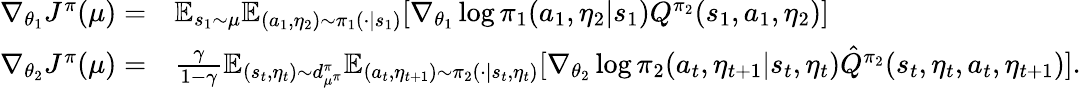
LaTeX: \begin{array}{rl}{\nabla_{\theta_{1}}J^{\pi}(\mu)=}&{\mathbb{E}_{s_{1}\sim\mu}\mathbb{E}_{(a_{1},\eta_{2})\sim\pi_{1}(\cdot|s_{1})}[\nabla_{\theta_{1}}\log\pi_{1}(a_{1},\eta_{2}|s_{1})Q^{\pi_{2}}(s_{1},a_{1},\eta_{2})]}\\ {\nabla_{\theta_{2}}J^{\pi}(\mu)=}&{\frac{\gamma}{1-\gamma}\mathbb{E}_{(s_{t},\eta_{t})\sim d_{\mu^{\pi}}^{\pi}}\mathbb{E}_{(a_{t},\eta_{t+1})\sim\pi_{2}(\cdot|s_{t},\eta_{t})}[\nabla_{\theta_{2}}\log\pi_{2}(a_{t},\eta_{t+1}|s_{t},\eta_{t})\hat{Q}^{\pi_{2}}(s_{t},\eta_{t},a_{t},\eta_{t+1})].}\end{array}